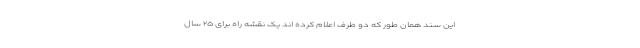
این سند همان طور که دو طرف اعلام کرده اند یک نقشه راه برای ۲۵ سال